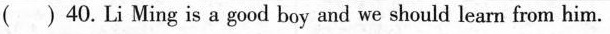
( ) 40. Li Ming is a good boy and we should learn from him.